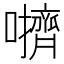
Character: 𫬬